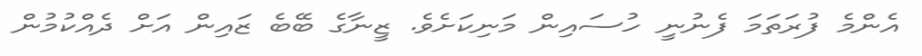
އެންމެ ފުރަތަމަ ފެނުނީ ހުސައިން މަނިކަށެވެ. ޒީނާގެ ބޭބެ ޒައިން އަށް ދެއްކުމުން